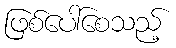
ဖြစ်ပေါ်စေသည့်